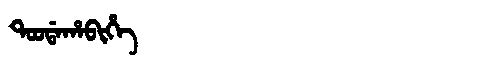
Manchu: ᡨᠣᠣᡩᠠᡥᠠᠪᡳᡥᡝ
Romanization: TOODAHABIHE